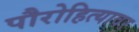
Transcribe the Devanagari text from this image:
पौरोहित्यावर